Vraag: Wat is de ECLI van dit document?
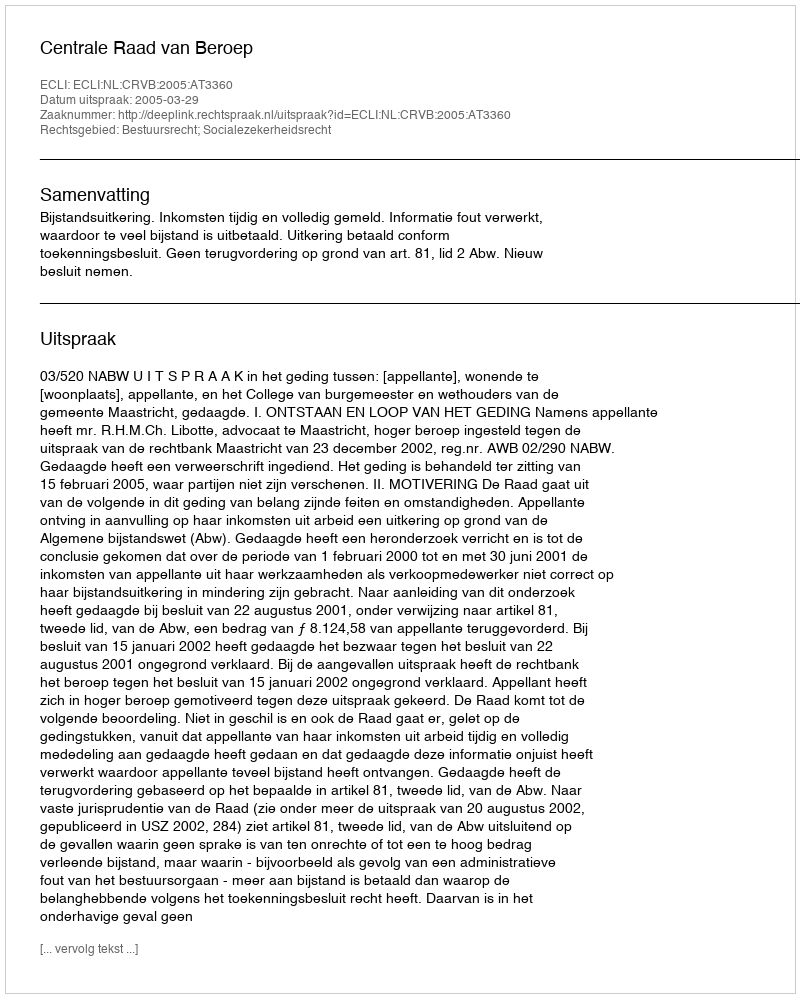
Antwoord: ECLI:NL:CRVB:2005:AT3360